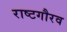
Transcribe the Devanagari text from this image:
राष्‍टगौरव